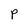
Character: P